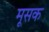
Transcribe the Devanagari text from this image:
मूसक